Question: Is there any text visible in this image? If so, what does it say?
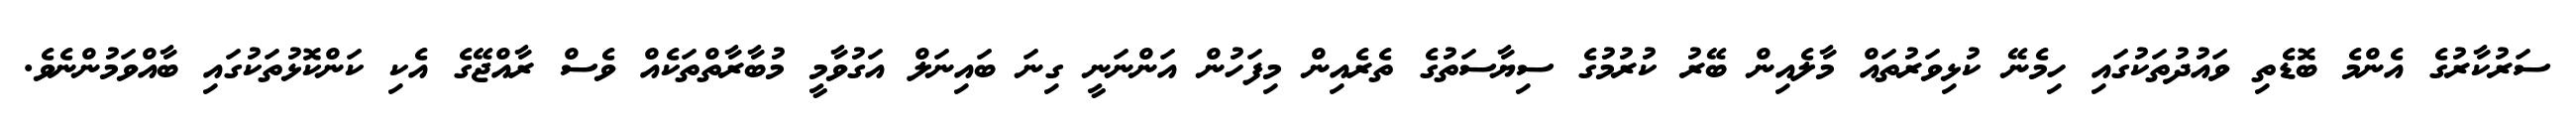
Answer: ސަރުކާރުގެ އެންމެ ބޮޑެތި ވައުދުތަކުގައި ހިމެނޭ ކުޅިވަރުތައް މާލެއިން ބޭރު ކުރުމުގެ ސިޔާސަތުގެ ތެރެއިން މިފަހުން އަންނަނީ ގިނަ ބައިނަލް އަގުވާމީ މުބާރާތްތަކެއް ވެސް ރާއްޖޭގެ އެކި ކަންކޮޅުތަކުގައި ބާއްވަމުންނެވެ.